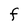
Character: F